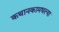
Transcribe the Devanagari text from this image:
कथानकामधल्या